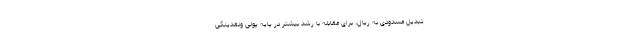
تبدیل مسدودی به ریال، برای مقابله با رشد بیشتر در پایه پولی ونقدینگی